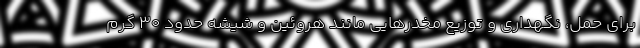
برای حمل، نگهداری و توزیع مخدرهایی مانند هروئین و شیشه حدود ۳۰ گرم